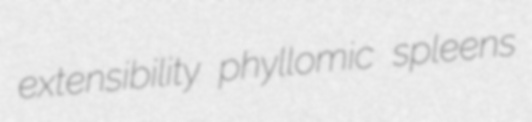
extensibility phyllomic spleens